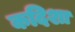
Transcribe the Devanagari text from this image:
कदिशा